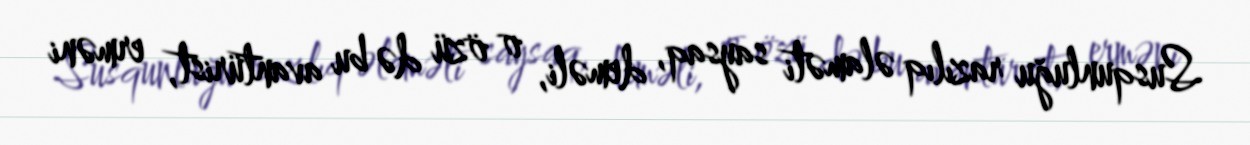
Susqunluğu razılıq əlaməti saysaq, deməli, o özü də bu avantürist, erməni